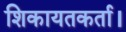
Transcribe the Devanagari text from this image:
शिकायतकर्ता।